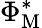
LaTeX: \Phi_{\mathrm{M}}^{*}